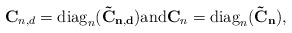
\begin{align*} \bold{C}_{n,d} = {\rm diag}_n (\bold{\tilde{C}_{n,d}}) \mbox{and} \bold{C}_{n} = {\rm diag}_n (\bold{\tilde{C}_{n}}), \end{align*}